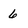
Character: 6